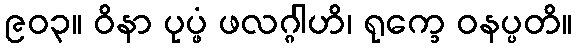
၉၀၃။ ဝိနာ ပုပ္ဖံ ဖလဂ္ဂါဟိ၊ ရုက္ခေ ဝနပ္ပတိ။